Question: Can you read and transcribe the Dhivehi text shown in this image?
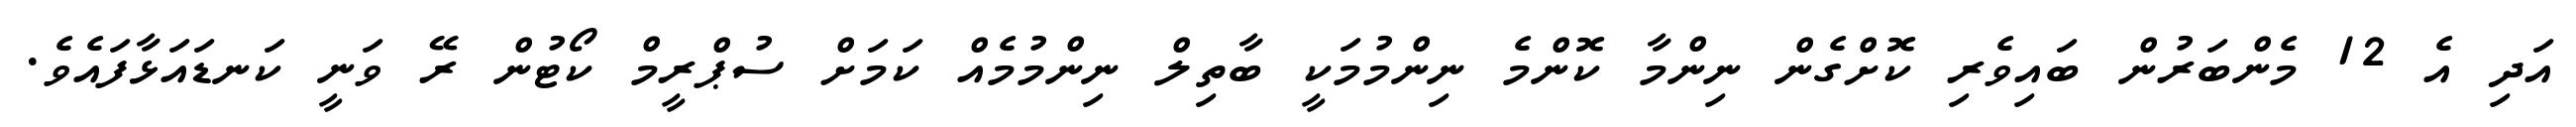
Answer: އަދި އެ 12 މެންބަރުން ބައިވެރި ކޮށްގެން ނިންމާ ކޮންމެ ނިންމުމަކީ ބާތިލް ނިންމުމެއް ކަމަށް ސުޕްރީމް ކޯޓުން ރޭ ވަނީ ކަނޑައަޅާފައެވެ.